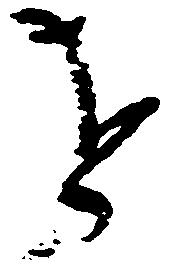
を